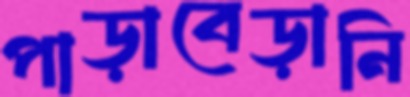
পাড়াবেড়ানি